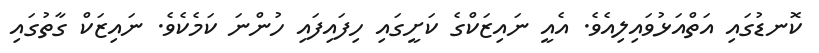
ކޮނޑުގައި އަތްއަޅުވައިލިއެވެ. އެއީ ނައިޒަކްގެ ކަށީގައި ހިފައިފައި ހުންނަ ކަމެކެވެ. ނައިޒަކް ގާތުގައި